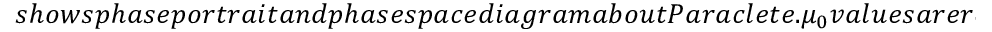
s h o w s p h a s e p o r t r a i t a n d p h a s e s p a c e d i a g r a m a b o u t P a r a c l e t e . \mu _ { 0 } v a l u e s a r e r e p r e s e n t e d b y t h e c o l o r b a r a t t h e r i g h t - h a n d s i d e . F i g u r e